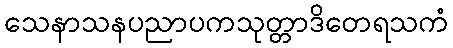
သေနာသနပညာပကသုတ္တာဒိတေရသကံ